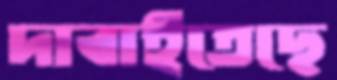
দাবাইতেছে